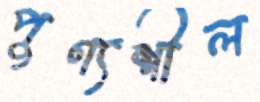
পুণ্যশীল